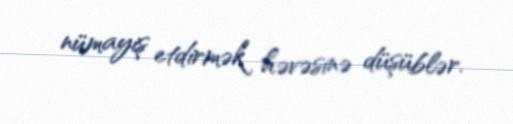
nümayiş etdirmək həvəsinə düşüblər.